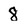
Character: 8